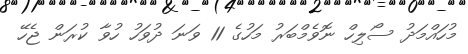
މުހައްމަދު ސޯލިހް ނޮވެމްބަރު މަހުގެ 11 ވަނަ ދުވަހު ހުވާ ކުރަން ޖެހޭ